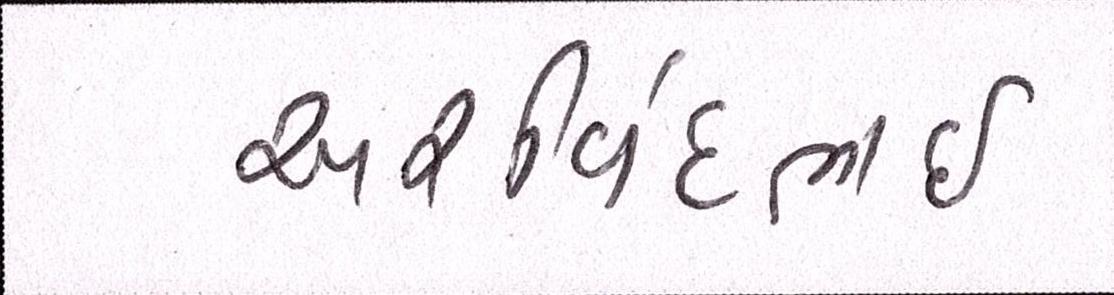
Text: અરવિંદભાઇ